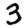
Digit: 3